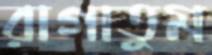
রাগাতুম